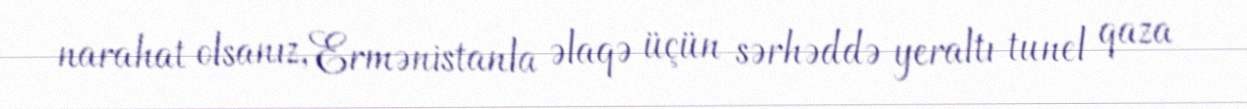
narahat olsanız, Ermənistanla əlaqə üçün sərhəddə yeraltı tunel qaza